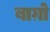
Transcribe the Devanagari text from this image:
बाग़ो